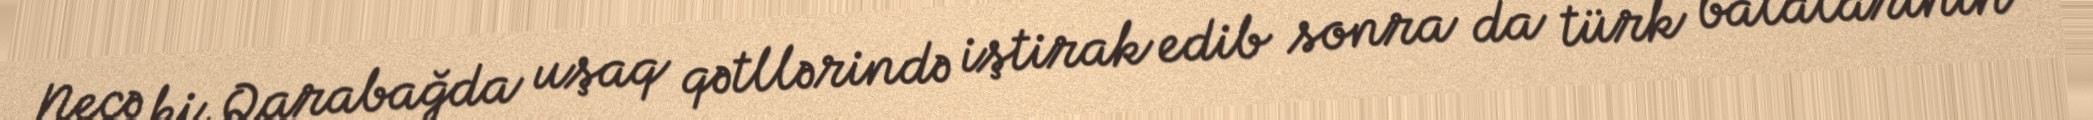
Necə ki, Qarabağda uşaq qətllərində iştirak edib sonra da türk balalarının